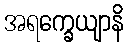
အရက္ခေယျာနိ